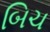
બિચ